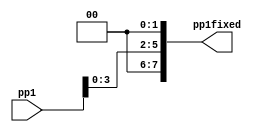

module shifter2(input [7:0] pp1, output wire [7:0] pp1fixed );



wire [7:0] help ;

assign help [7:4] = 4'b0000;
assign help [3:0] = pp1[3:0];
assign pp1fixed = help<<2;


endmodule